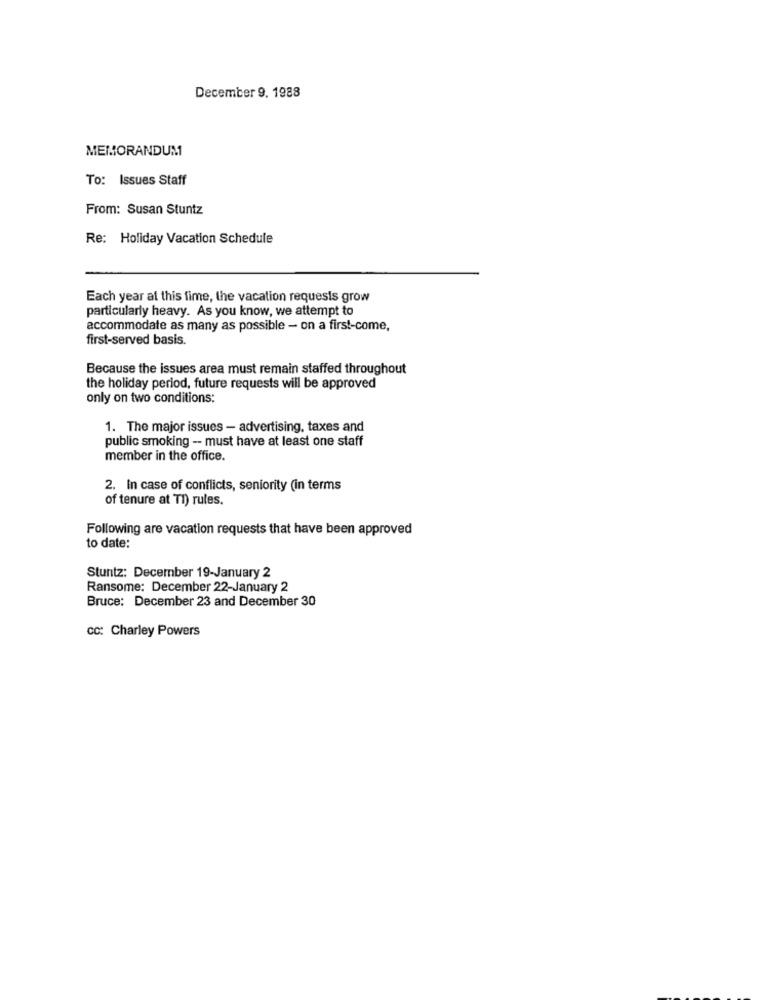
December 9. 1988
MEMORANDUM
To: Issues Staff
From: Susan Stuntz
Re: Holiday Vacation Schedule
Each year at this time, the vacation requests grow
particularly heavy. As you know, we attempt to
accommodate as many as possible - on a first-come,
first-served basis.
Because the issues area must remain staffed throughout
the holiday period, future requests will be approved
only on two conditions:
1. The major issues - advertising, taxes and
public smoking -- must have at least one staff
member in the office.
2. In case of conflicts, seniority (in terms
of tenure at TI) rules.
Following are vacation requests that have been approved
to date:
Stuntz: December 19-January 2
Ransome: December 22-January 2
Bruce: December 23 and December 30
cc: Charley Powers